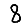
Digit: 8